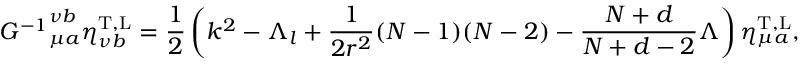
{ { \cal G } ^ { - 1 } } _ { \mu a } ^ { \nu b } \eta _ { \nu b } ^ { \mathrm { T , L } } = \frac { 1 } { 2 } \left( k ^ { 2 } - \Lambda _ { l } + \frac { 1 } { 2 r ^ { 2 } } ( N - 1 ) ( N - 2 ) - \frac { N + d } { N + d - 2 } \Lambda \right) \eta _ { \mu a } ^ { \mathrm { T , L } } ,